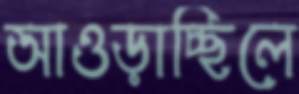
আওড়াচ্ছিলে